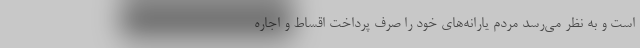
است و به نظر می‌رسد مردم یارانه‌های خود را صرف پرداخت اقساط و اجاره